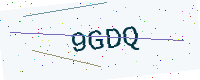
Text: 9GDQ